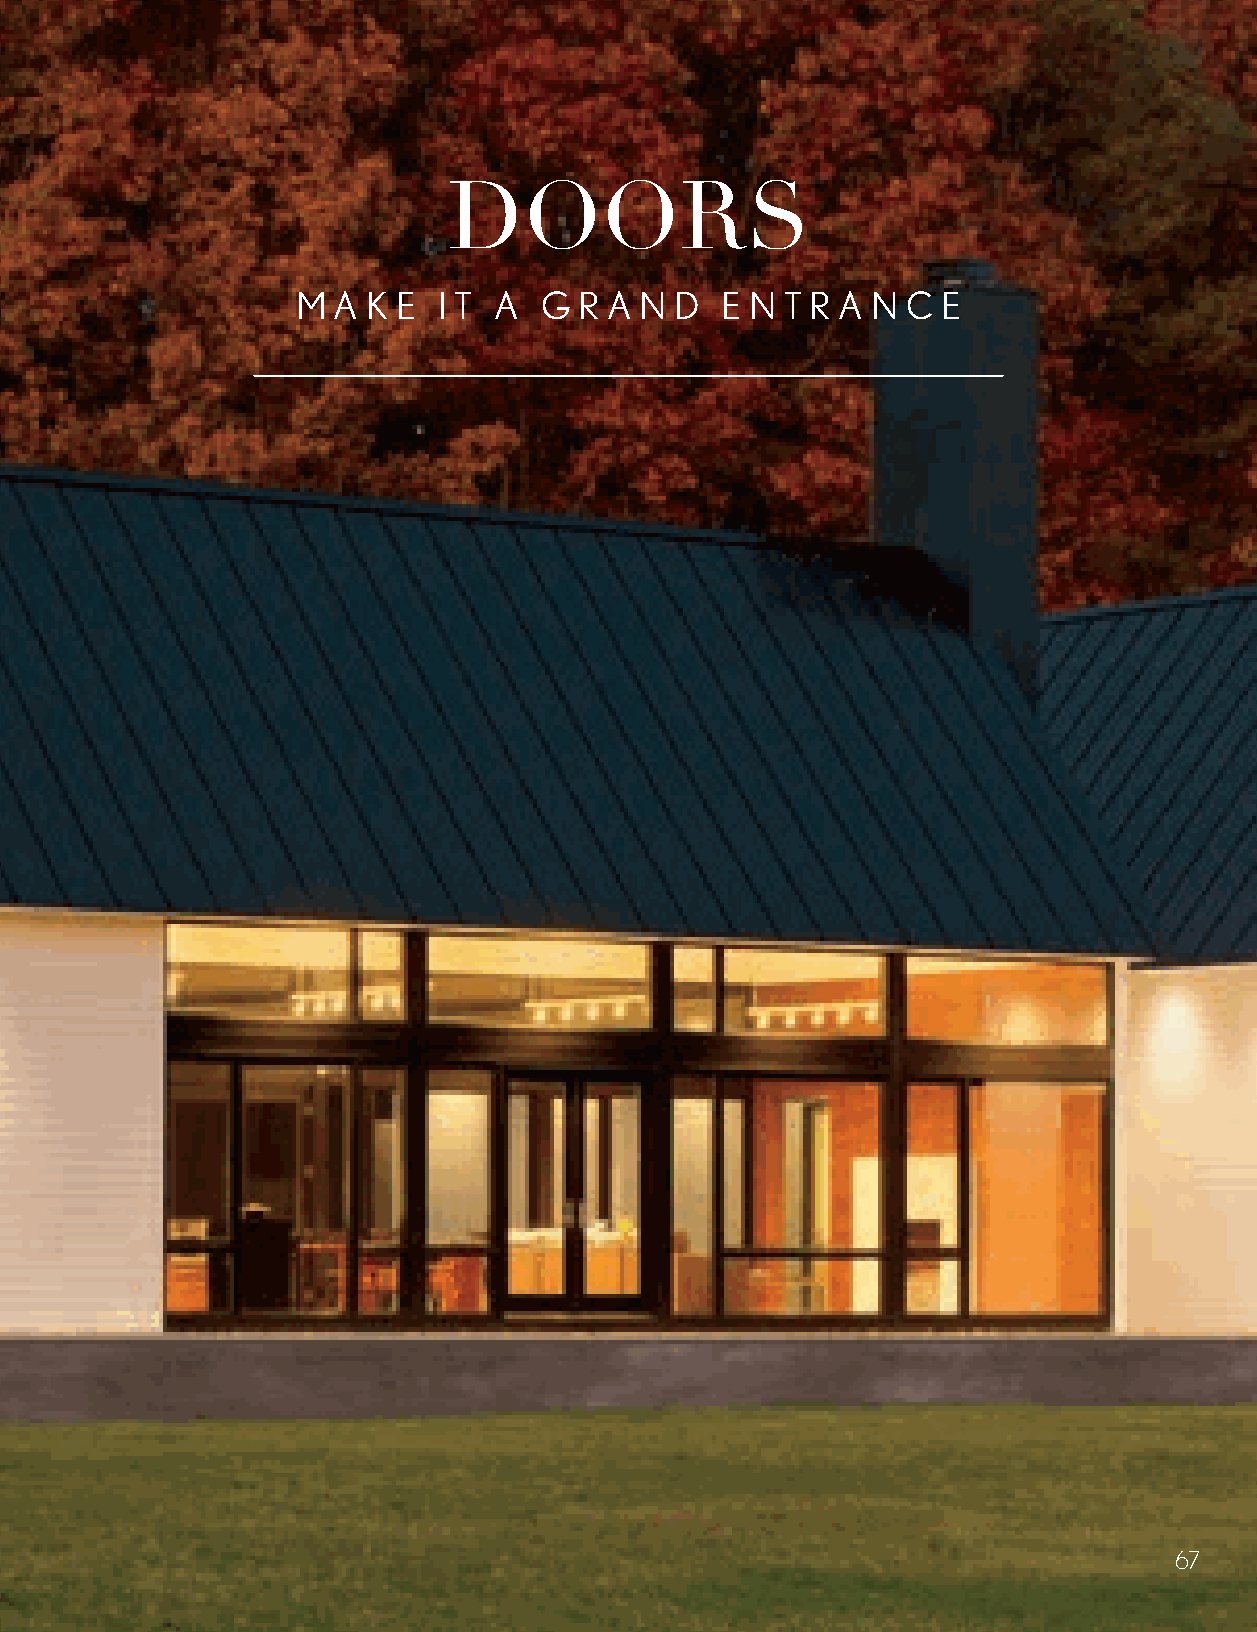
DOORS
 M A K E  I T A  G R A N  D  E N T R A N C E
 67